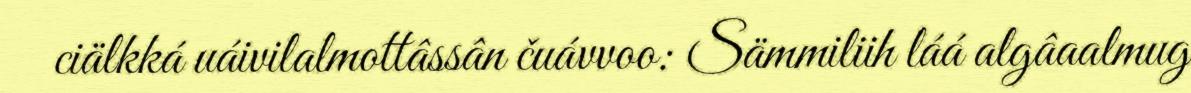
ciälkká uáivilalmottâssân čuávvoo: Sämmiliih láá algâaalmug